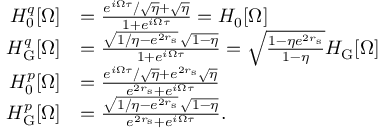
\begin{array} { r l } { H _ { 0 } ^ { q } [ \Omega ] } & { = \frac { e ^ { i \Omega \tau } / \sqrt { \eta } + \sqrt { \eta } } { 1 + e ^ { i \Omega \tau } } = H _ { 0 } [ \Omega ] } \\ { H _ { \mathrm { G } } ^ { q } [ \Omega ] } & { = \frac { \sqrt { 1 / \eta - e ^ { 2 r _ { \mathrm { s } } } } \, \sqrt { 1 - \eta } } { 1 + e ^ { i \Omega \tau } } = \sqrt { \frac { 1 - \eta e ^ { 2 r _ { \mathrm { s } } } } { 1 - \eta } } H _ { \mathrm { G } } [ \Omega ] } \\ { H _ { 0 } ^ { p } [ \Omega ] } & { = \frac { e ^ { i \Omega \tau } / \sqrt { \eta } + e ^ { 2 r _ { \mathrm { s } } } \sqrt { \eta } } { e ^ { 2 r _ { \mathrm { s } } } + e ^ { i \Omega \tau } } } \\ { H _ { \mathrm { G } } ^ { p } [ \Omega ] } & { = \frac { \sqrt { 1 / \eta - e ^ { 2 r _ { \mathrm { s } } } } \, \sqrt { 1 - \eta } } { e ^ { 2 r _ { \mathrm { s } } } + e ^ { i \Omega \tau } } . } \end{array}